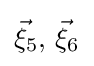
{\vec {\xi }}_{5},\,{\vec {\xi }}_{6}